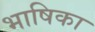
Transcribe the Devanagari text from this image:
भाषिका